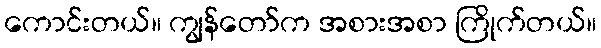
ကောင်းတယ်။ ကျွန်တော်က အစားအစာ ကြိုက်တယ်။